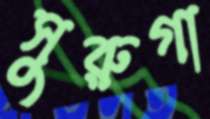
সুরুগা